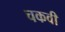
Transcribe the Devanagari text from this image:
चकवी